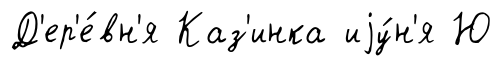
Д'ер'е́вн'я Каз'инка иjу́н'я Ю